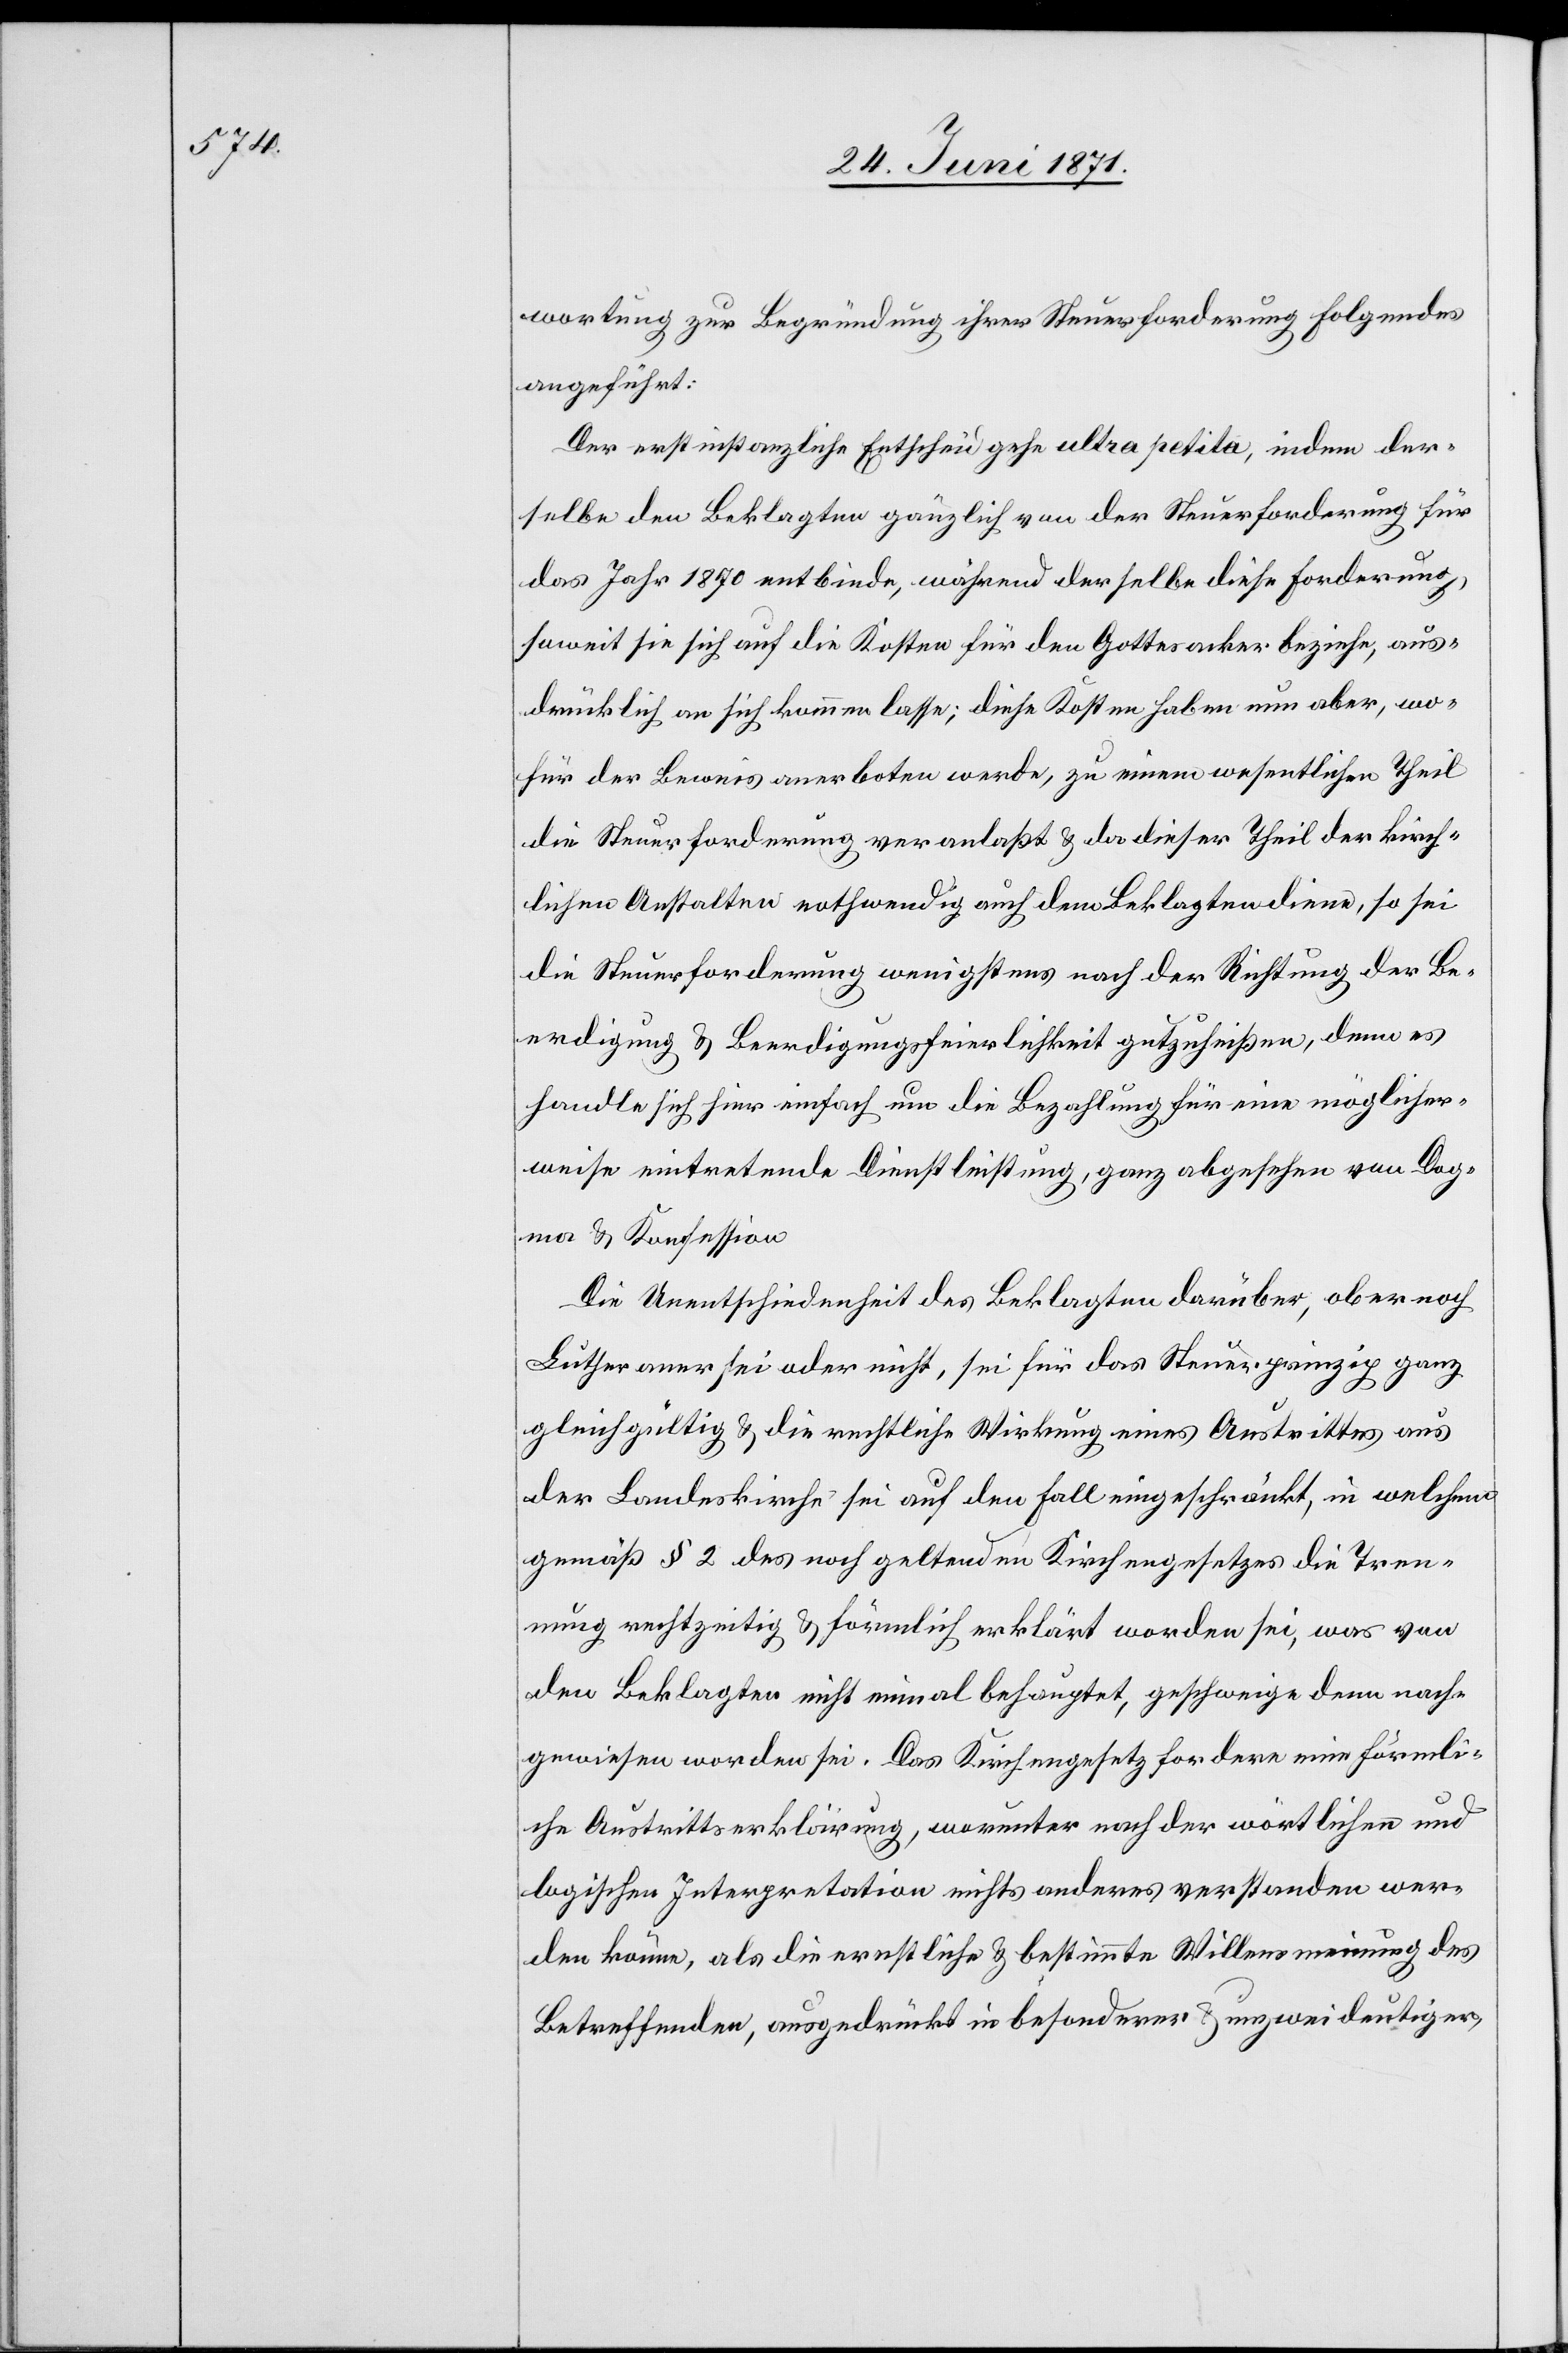
wortung zur Begründung ihrer Steuerforderung folgendes
angeführt:
Der erstinstanzliche Entscheid gehe ultra petila, indem der¬
selbe den Beklagten gänzlich von der Steuerforderung für
das Jahr 1870 entbinde, während derselbe diese Forderung,
soweit sie sich auf die Kosten für den Gottesacker beziehe, aus¬
drücklich an sich kommen lasse; diese Kosten haben nun aber, wo¬
für der Beweis anerboten werde, zu einem wesentlichen Theil
die Steuerforderung veranlaßt u. da dieser Theil der kirch¬
lichen Anstalten nothwendig auch dem Beklagten diene, so sei
die Steuerforderung wenigstens nach der Richtung der Be¬
erdigung u. Beerdigungsfeierlichkeit gutzuheißen, denn es
handle sich hier einfach um die Bezahlung für eine möglicher¬
weise eintretende Dienstleistung, ganz abgesehen von Dog¬
ma u. Konfession[.]
Die Unentschiedenheit des Beklagten darüber, ob er noch
Lutheraner sei oder nicht, sei für das Steuerprinzip ganz
gleichgültig u. die rechtliche Wirkung eines Austrittes aus
der Landeskirche sei auf den Fall eingeschränkt, in welchem
gemäß § 2 des noch geltenden Kirchengesetzes die Tren¬
nung rechtzeitig u. förmlich erklärt worden sei, was von
Beklagten nicht einmal behauptet, geschweige denn nach¬
gewiesen worden sei. Das Kirchengesetz fordere eine förmli¬
che Austrittserklärung, worunter nach der wörtlichen und
logischen Interpretation nichts anderes verstanden wer¬
den könne, als die ernstliche u. bestimmte Willensmeinung des
Betreffenden, ausgedrückt in besonderer u. unzweideutiger,